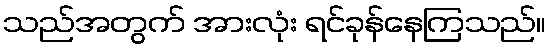
သည်အတွက် အားလုံး ရင်ခုန်နေကြသည်။